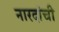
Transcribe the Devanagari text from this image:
नारदांची